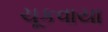
ચૂકવાયા